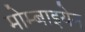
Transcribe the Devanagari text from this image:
मोम्बाइयेन